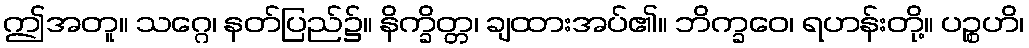
ဤအတူ။ သဂ္ဂေ၊ နတ်ပြည်၌။ နိက္ခိတ္တ၊ ချထားအပ်၏။ ဘိက္ခဝေ၊ ရဟန်းတို့။ ပဉ္စဟိ၊